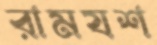
রামযশ